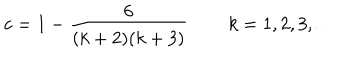
c = 1 - \frac { 6 } { ( k + 2 ) ( k + 3 ) } \, \qquad k = 1 , 2 , 3 , \ldots